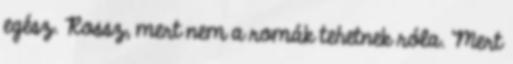
egész. Rossz, mert nem a romák tehetnek róla. Mert